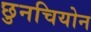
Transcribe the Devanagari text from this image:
छुनचियोन